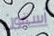
أسفون